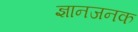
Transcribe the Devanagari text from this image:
ज्ञानजनक